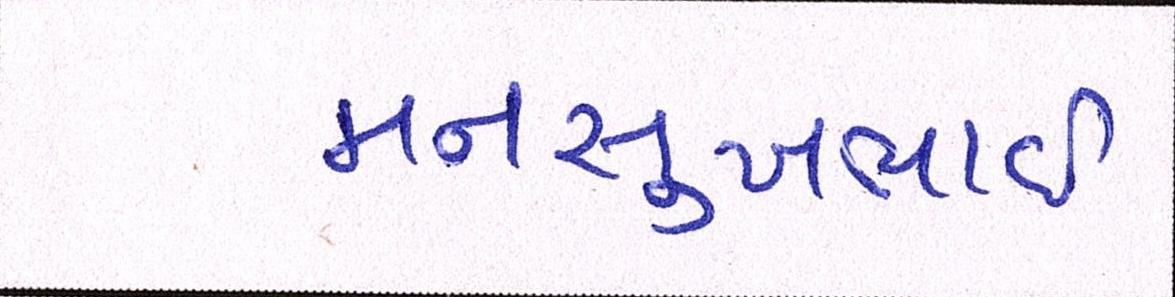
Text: મનસુખભાઈ